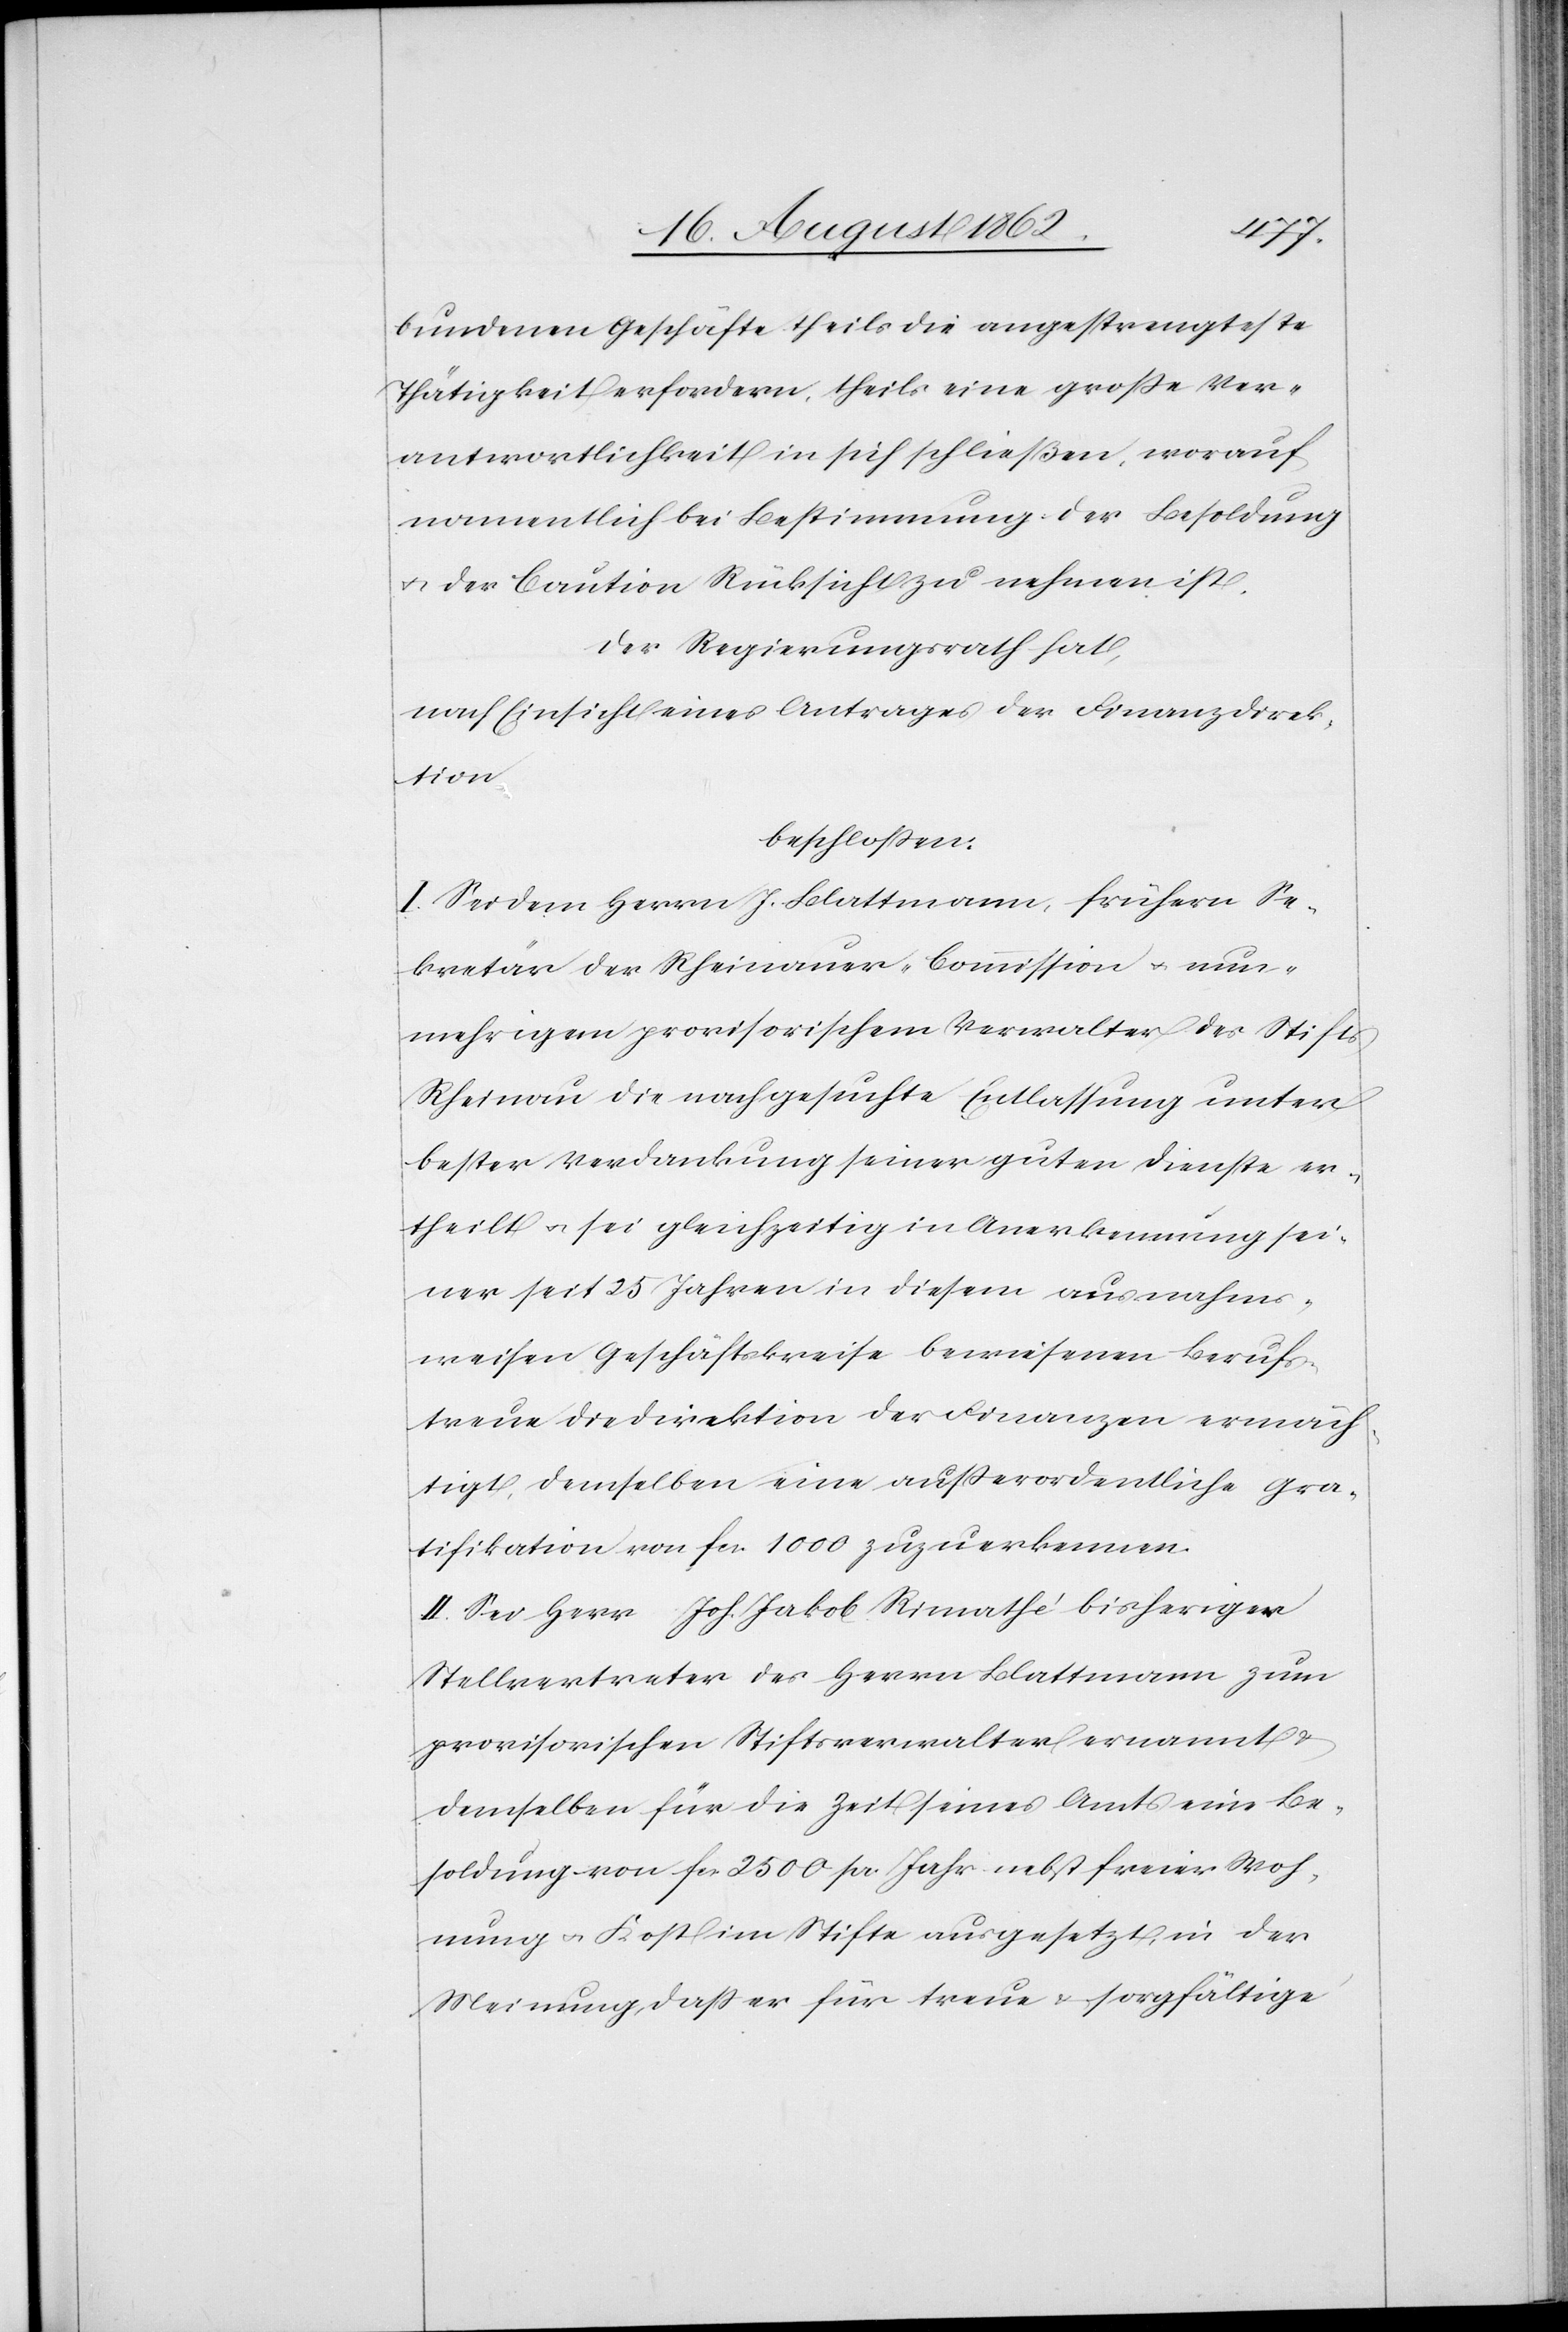
bundenen Geschäfte theils die angestrengteste
Thätigkeit erfordern, theils eine große Ver¬
antwortlichkeit in sich schließen, worauf
namentlich bei Bestimmung der Besoldung
u. der Caution Rücksicht zu nehmen ist.
Der Regierungsrath hat,
nach Einsicht eines Antrages der Finanzdirek¬
tion
beschlossen:
I. Sei dem Herrn J. Blattmann, frühern Se¬
kretär der Rheinauer-Commission u. nun¬
mehrigem provisorischem Verwalter des Stifts
Rheinau die nachgesuchte Entlassung unter
bester Verdankung seiner guten Dienste er¬
theilt u. sei gleichzeitig in Anerkennung sei¬
ner seit 25 Jahren in diesem ausnahms¬
weisen Geschäftskreise bewiesenen Berufs¬
treue die Direktion der Finanzen ermäch¬
tigt, demselben eine außerordentliche Gra¬
tifikation von fcs. 1000 zuzuerkennen.
II. Sei Herr Joh. Jakob Rimathé bisheriger
Stellvertreter des Herrn Blattmann zum
provisorischen Stiftsverwalter ernannt u.
demselben für die Zeit seines Amts eine Be¬
soldung von fcs. 2500 pr. Jahr nebst freier Woh¬
nung u. Kost im Stifte ausgesetzt, in der
Meinung, daß er für treue u. sorgfältige